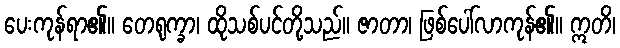
ပေးကုန်ရာ၏။ တေရုက္ခာ၊ ထိုသစ်ပင်တို့သည်။ ဇာတာ၊ ဖြစ်ပေါ်လာကုန်၏။ ဣတိ၊